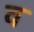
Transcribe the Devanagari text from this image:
व